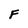
Character: F